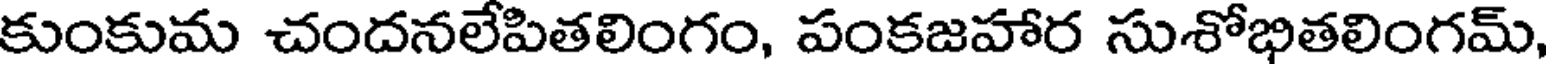
కుంకుమ చందనలేపితలింగం, పంకజహార సుశోభితలింగమ్,